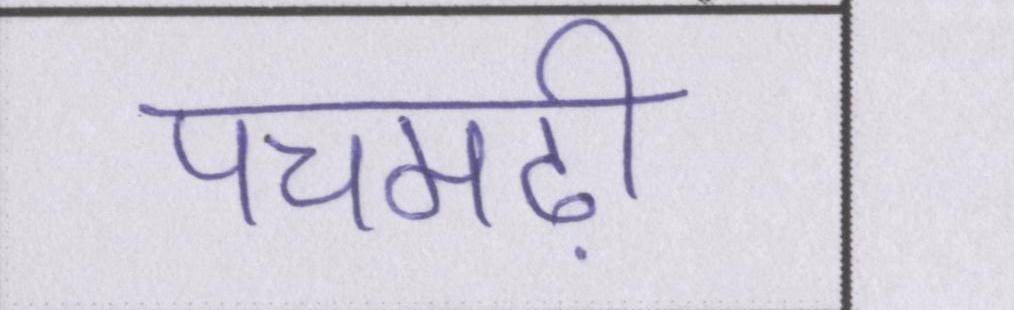
पचमढ़ी